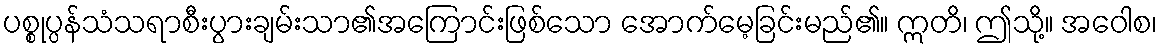
ပစ္စုပ္ပန်သံသရာစီးပွားချမ်းသာ၏အကြောင်းဖြစ်သော အောက်မေ့ခြင်းမည်၏။ ဣတိ၊ ဤသို့။ အဝေါစ၊